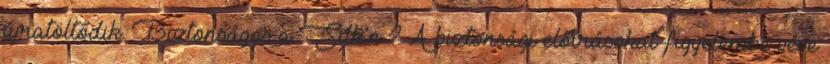
újratöltődik. Biztonságos a Silk’n™? A biztonsági előírásokat figyelembe véve